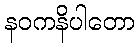
နဝကနိပါတော